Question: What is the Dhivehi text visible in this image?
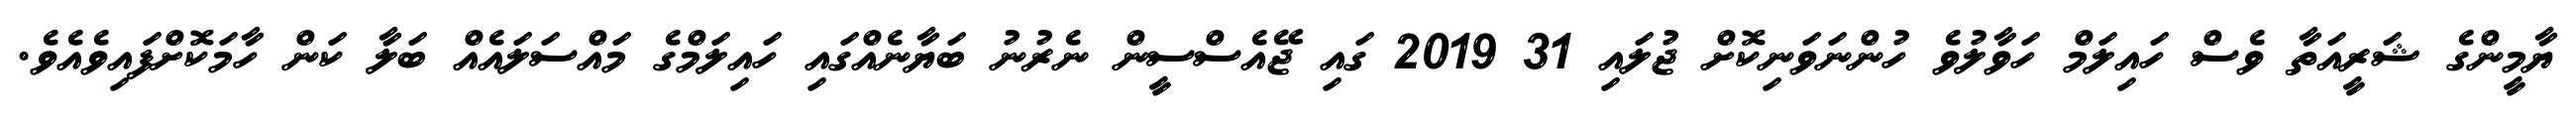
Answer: ޔާމީންގެ ޝަރީއަތާ ވެސް ހައިލަމް ހަވާލުވެ ހުންނަވަނިކޮށް ޖުލައި 31 2019 ގައި ޖޭއެސްސީން ނެރުނު ބަޔާނެއްގައި ހައިލަމްގެ މައްސަލައެއް ބަލާ ކަން ހާމަކޮށްފައިވެއެވެ.